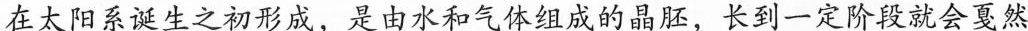
在太阳系诞生之初形成，是由水和气体组成的晶胚，长到一定阶段就会戛然